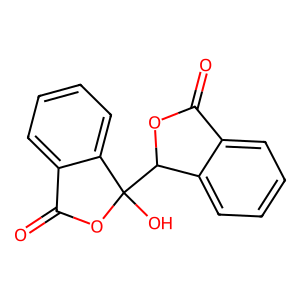
SMILES: O=C1OC(C2(O)OC(=O)c3ccccc32)c2ccccc21
Inhibits HIV replication: No